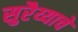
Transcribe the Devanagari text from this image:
सुरैय्याचे